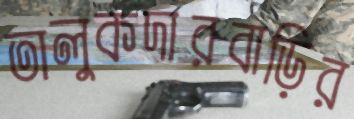
তালুকদারবাড়ির